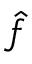
\hat { f }